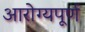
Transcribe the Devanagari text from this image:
आरोग्यपूर्ण